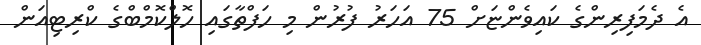
އެ ދެމަފިރިންގެ ކައިވެންޏަށް 75 އަހަރު ފުރުން މި ހަފްތާގައި ހޮލްކޮމްބްގެ ކްރިޓިއަން